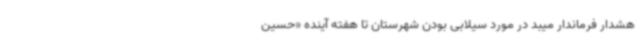
هشدار فرماندار میبد در مورد سیلابی بودن شهرستان تا هفته آینده «حسین